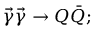
\vec { \gamma } \vec { \gamma } \rightarrow Q \bar { Q } ;